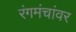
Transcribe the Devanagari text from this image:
रंगमंचांवर